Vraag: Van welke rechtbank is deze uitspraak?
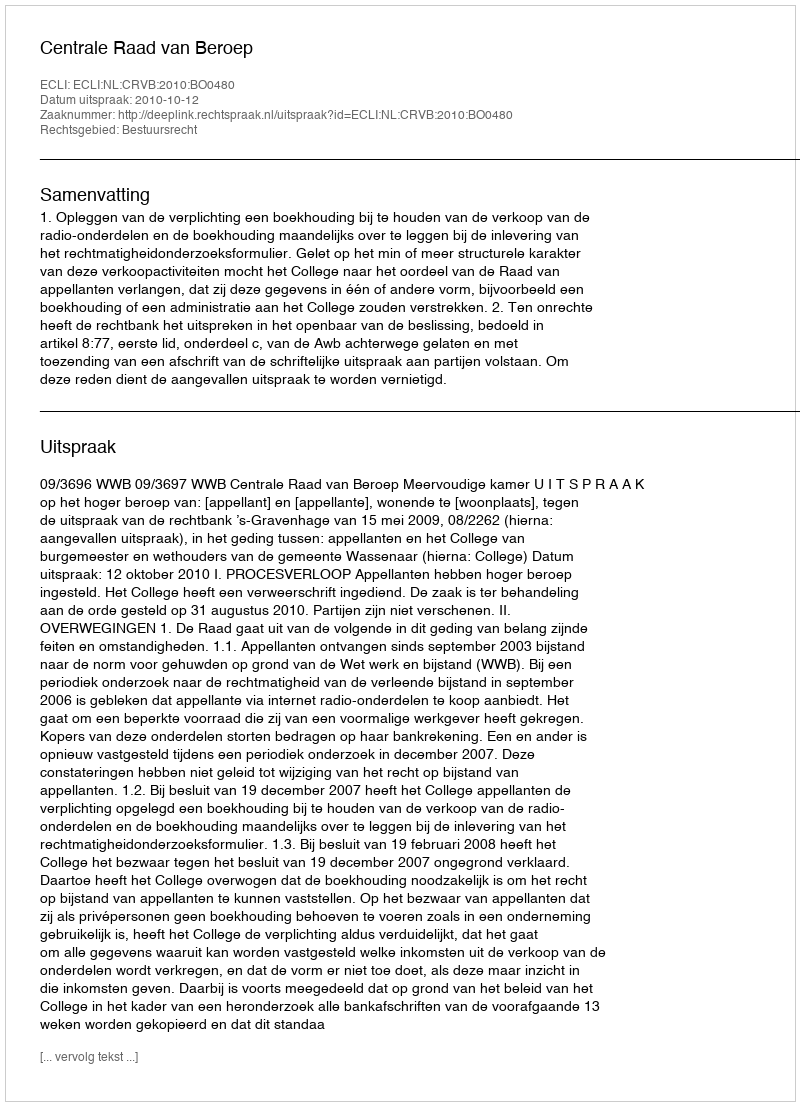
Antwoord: Centrale Raad van Beroep